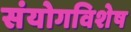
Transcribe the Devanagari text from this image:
संयोगविशेष